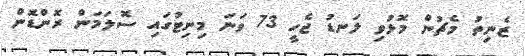
ޒެނިތު މެޗުން މޮޅުވި ލަނޑު ޖެހީ 73 ވަނަ މިނިޓުގައި ސޮލަމަން ރޮންޑޮން